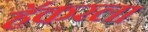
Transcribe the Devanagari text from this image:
हॅकरला